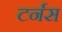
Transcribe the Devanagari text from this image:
टर्नस